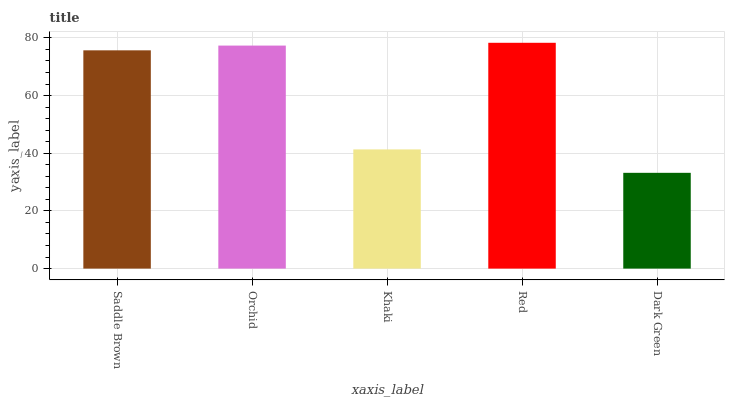
| xaxis_label | bars |
 | --- | --- |
 | Saddle Brown | 75.7 |
 | Orchid | 77.3 |
 | Khaki | 41.3 |
 | Red | 78.3 |
 | Dark Green | 33.2 |